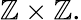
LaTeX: \mathbb{Z}\times\mathbb{Z}.